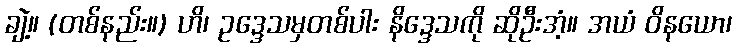
ချဲ့။ (တစ်နည်း။) ဟိ၊ ဥဒ္ဒေသမှတစ်ပါး နိဒ္ဒေသကို ဆိုဦးအံ့။ အယံ ဝိနယော၊